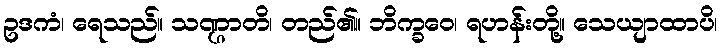
ဥဒကံ၊ ရေသည်။ သဏ္ဌာတိ၊ တည်၏။ ဘိက္ခဝေ၊ ရဟန်းတို့။ သေယျာထာပိ၊